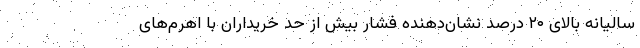
سالیانه بالای ۲۰ درصد نشان‌دهنده فشار بیش از حد خریداران با اهرم‌های